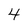
Character: 4